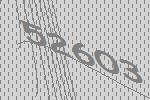
52603